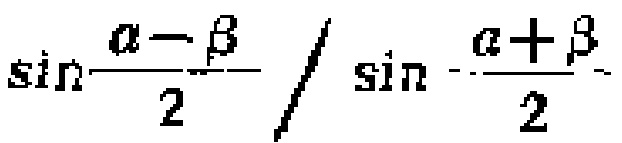
\(\sin\frac{\alpha - \beta}{2} / \sin\frac{\alpha + \beta}{2}\)